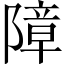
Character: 障